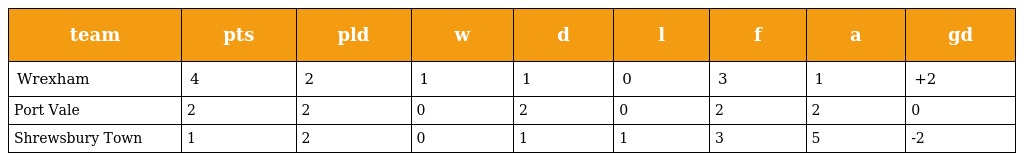
| team | pts | pld | w | d | l | f | a | gd |
 | --- | --- | --- | --- | --- | --- | --- | --- | --- |
 | Wrexham | 4 | 2 | 1 | 1 | 0 | 3 | 1 | +2 |
 | Port Vale | 2 | 2 | 0 | 2 | 0 | 2 | 2 | 0 |
 | Shrewsbury Town | 1 | 2 | 0 | 1 | 1 | 3 | 5 | -2 |